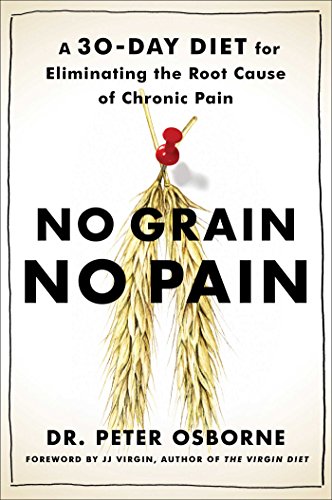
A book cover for No Grain, No Pain: A 30-Day Diet for Eliminating the Root Cause of Chronic Pain; Peter Osborne; Health, Fitness & Dieting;